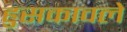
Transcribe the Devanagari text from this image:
हुसकावले